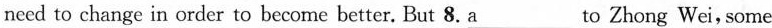
need to change in order to become better. But 8. \underline{a} to Zhong Wei, some